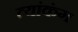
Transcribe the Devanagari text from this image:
त्यांकंग